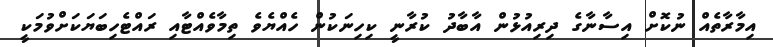
އިމާރާތެއް ނުކޮށް އިސާނާގެ ދިރިއުޅުން އާބާދު ކުރާނީ ކިހިނަކުން ހެއްޔެވެ ތިމާވެއްޓާއި ރައްޓެހިބަޔަކަށްވުމަކީ